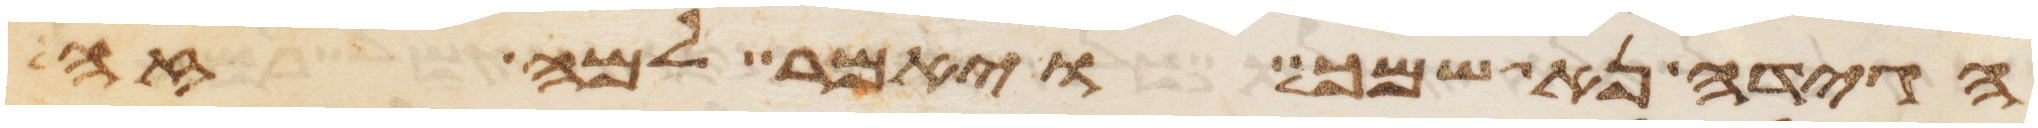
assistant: הגידה נא שמך ויאמר למה זה